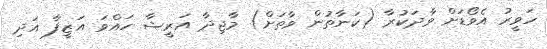
ހަވީރު އެވޯޑަށް ވާދަކުރާ (ކަނާތުން ވާތަށް) މާޖިދާ އަރީޝާ ހައްވަ އަޒީފާ އަދި